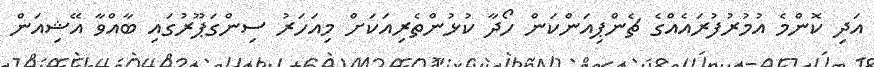
އަދި ކޮންމެ އުމުރުފުރައެއްގެ ޗެންޕިއަންކަން ހޯދާ ކުޅުންތެރިއަކަށް މިއަހަރު ސިންގަޕޫރުގައި ބާއްވާ އޭޝިއަން